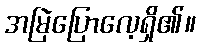
အမြဲပြောလေ့ရှိ၏။